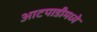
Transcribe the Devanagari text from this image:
आटपाडीमध्ये